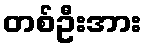
တစ်ဦးအား